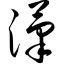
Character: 滗